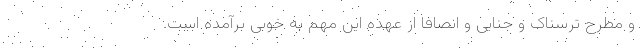
و مطرح ترسناک و جنایی و انصافا از عهده این مهم به خوبی برآمده است.